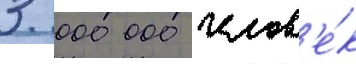
3 000 000 челов'е́к